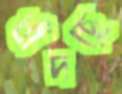
ধাঁদছে